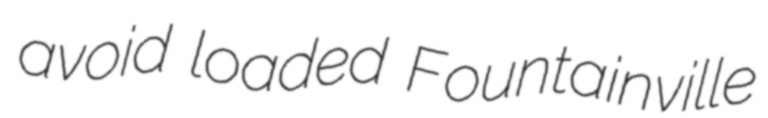
avoid loaded Fountainville